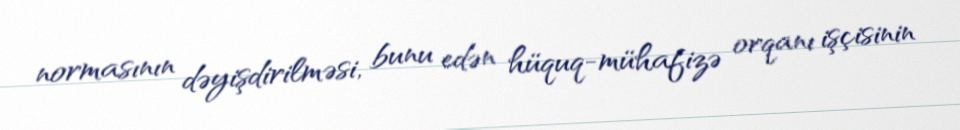
normasının dəyişdirilməsi, bunu edən hüquq-mühafizə orqanı işçisinin